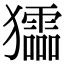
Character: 𤣍